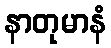
နာတုမာနံ